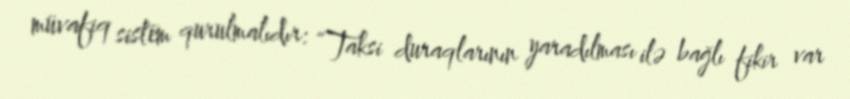
müvafiq sistem qurulmalıdır: “Taksi duraqlarının yaradılması ilə bağlı fikir var